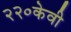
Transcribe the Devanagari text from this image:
२२०केवी